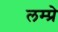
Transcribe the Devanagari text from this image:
लम्प्रे